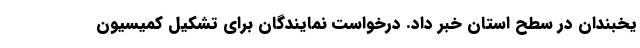
یخبندان در سطح استان خبر داد. درخواست نمایندگان برای تشکیل کمیسیون